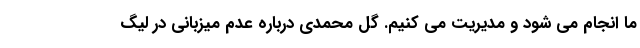
ما انجام می شود و مدیریت می کنیم. گل محمدی درباره عدم میزبانی در لیگ